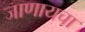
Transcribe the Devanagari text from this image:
जाणायचा